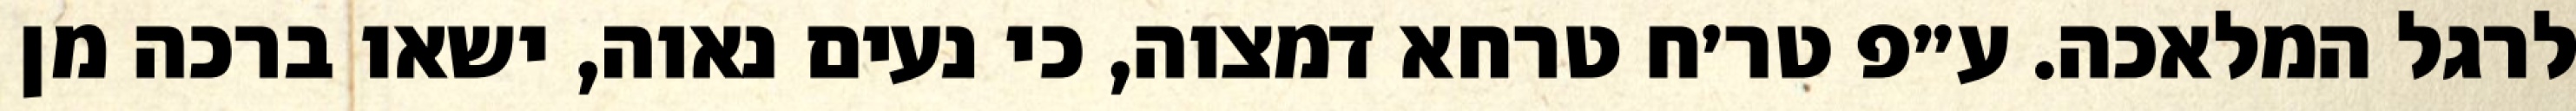
לרגל המלאכה. ע״פ טר׳ח טרחא דמצוה, כי נעים נאוה, ישאו ברכה מן